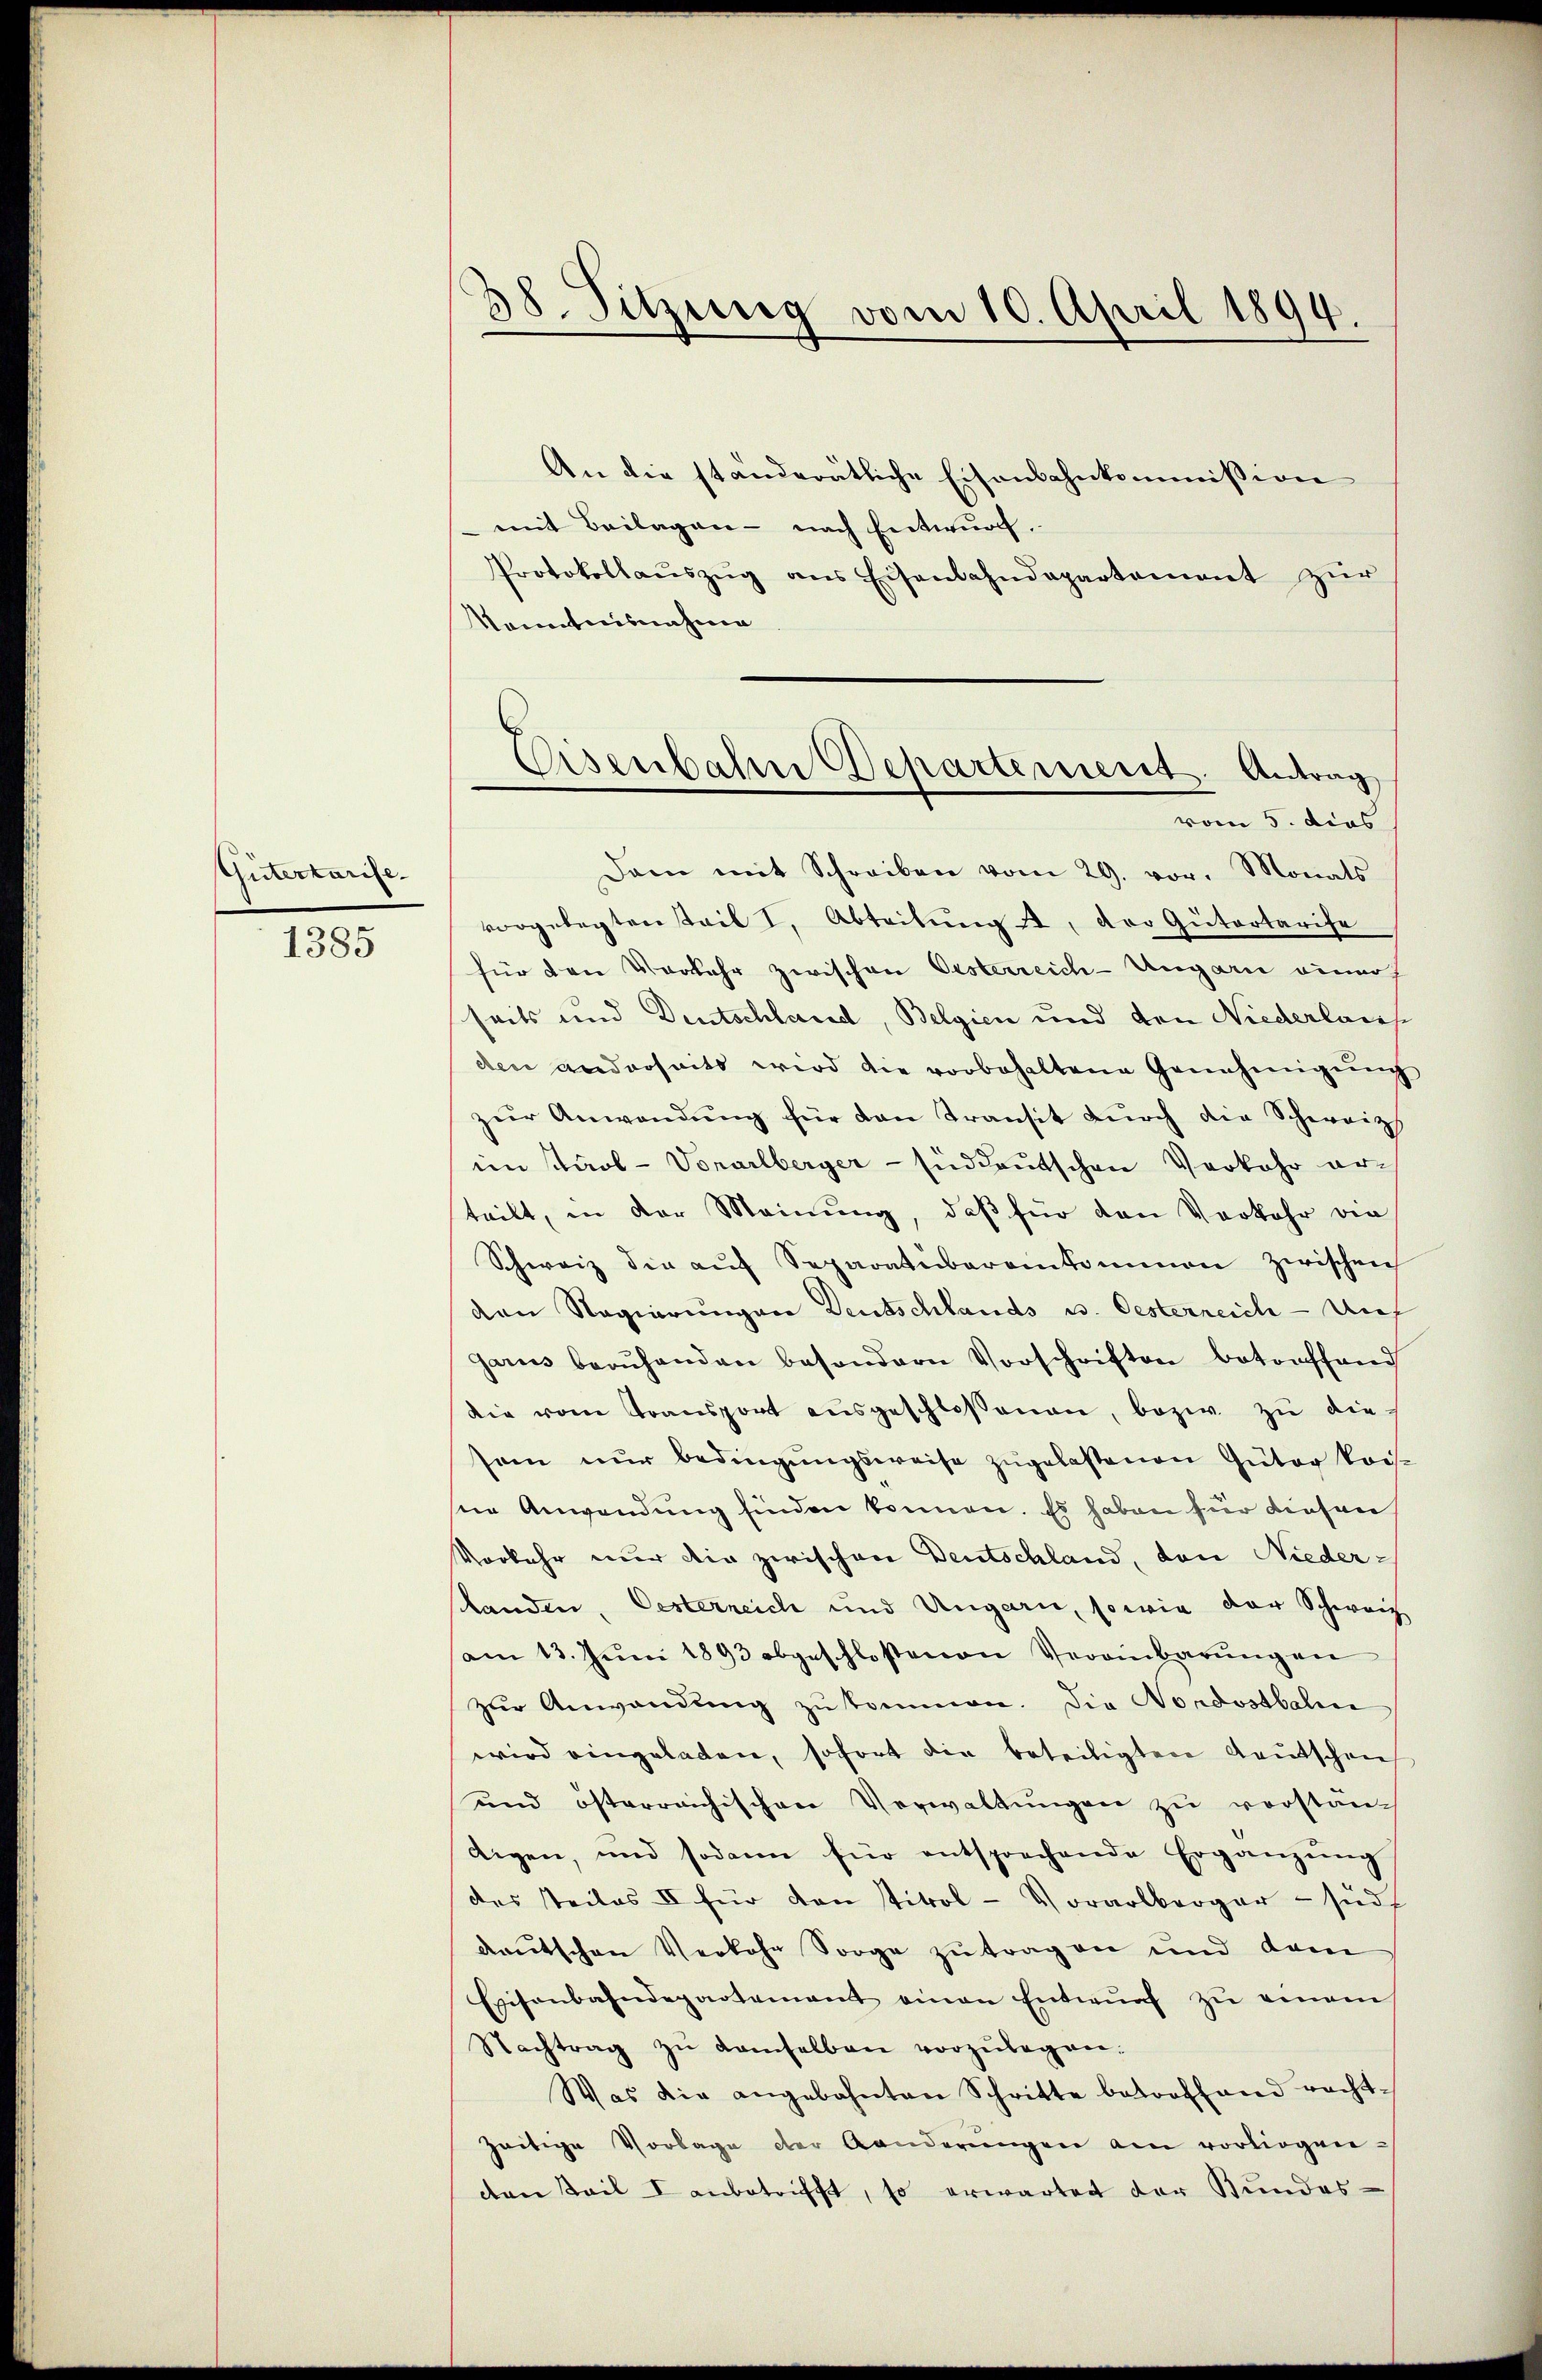
Gütertarise.

1385

38. Sitzung vom 10. April 1894.
An die ständerätliche Eisenbahnkommission
mit Beilagen - nach Entwurf.

Protokollaŭszŭg ans Eisenbahndepartement zŭr
Kenntnisnahme
Dam mit Schreiben vom 29. vor. Monats
vorgelegten stail I, Abteilŭng  , der Gütertarife
für den Vorkehr zwischen Oesterreich-Ungarn einer
seits und Deutschland, Belgien und den Niederlauf
den anderseits wird die vorbehaltene Genehmigŭng
zŭr Anwendŭng für den Transit dŭrch die Schweiz
im starl-Vorarlberger - süddeutschen Verkehr erteilt, in der Meinung, daβ für den Verkehr die
Schweiz die auf Separatubereinkommen zwischen
den Regierungen Deutschlands u. Oesterreich - auf
garus berŭhanden besondern Vorschriften betonsfand
die vom Transport aŭsgeschlossenen, bezw. zŭ die
sein nur bedingungsweise zugelassenen Güter kaissne Anwendung finden können. Es haben für diesen
Vorkehr nur die zwischen Deutschland, den Nieder¬
Randen, Oesterreich und Ungarn, sowie der Schweiz
am 13. Jŭni 1893 abgeschlossenen Vereinbarŭngen
zur Anwendung zu kommen. Die Nordostbahn
wird eingeladen, sofort die beteiligten Gautschen
und österreichischen Verwaltungen zu vorstän-
eigen, und sodann für entsprechende Ergänzŭng
des Teiles II für den titol-Vorarlberger - südt
deutschen Verkohn Sorge zŭtragen und dam
Exisenbahndepartement einen Entwŭrf zŭ einem
Nachtrag zŭ demselben vorzŭlegen.
Was die angebahnten Schritte betreffend recht-
zeitige Vorlage der Aenderŭngen am vorliegen-
den Teil I anbetrifft, so erwartet der Bundes-

Eisenbahn Departement. Antrag
vom 5. dies